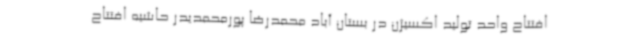
افتتاح واحد تولید اکسیژن در بستان آباد محمدرضا پورمحمدیدر حاشیه افتتاح